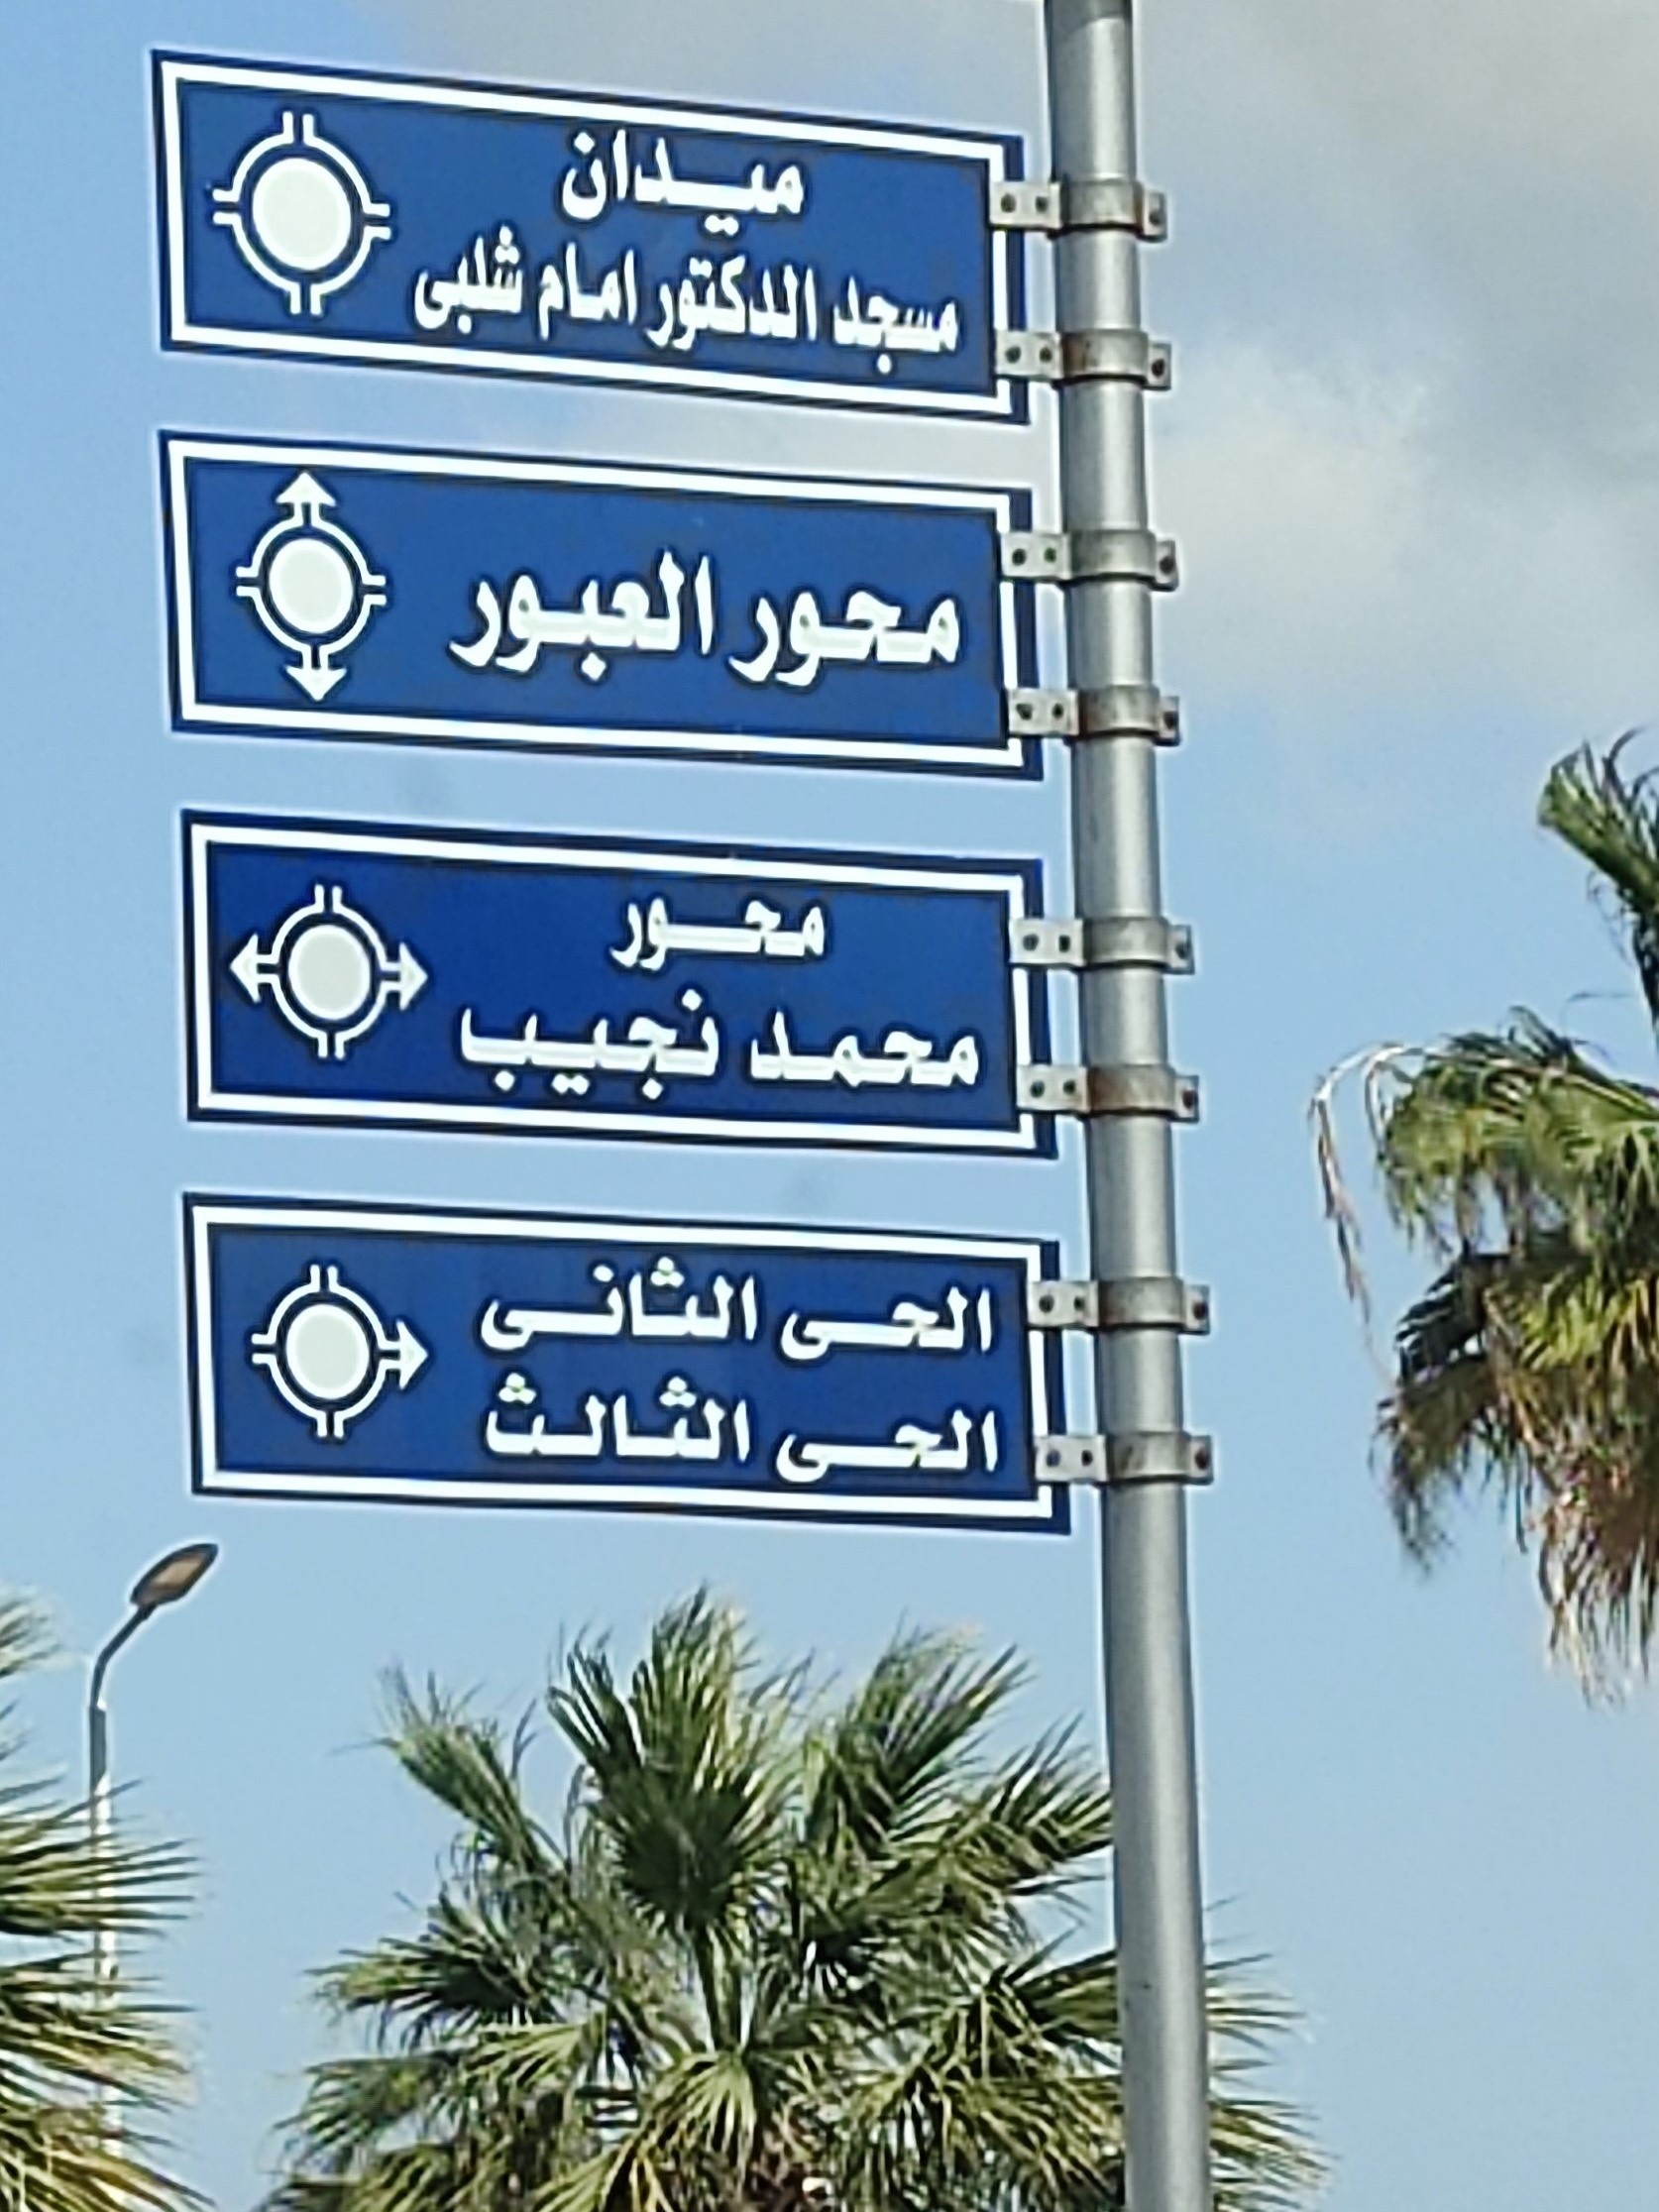
Text in image: ميدان شلبى امام الدكتور مسجد العبور محور محور نجيب محمد الثانى الحى الثالث الحى